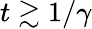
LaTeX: t\gtrsim 1/\gamma